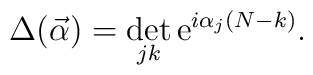
\Delta(\vec{\alpha}) = \det_{jk} \mbox{e}^{i \alpha_j (N-k)}.